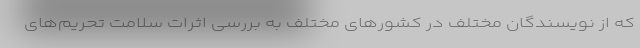
که از نویسندگان مختلف در کشورهای مختلف به بررسی اثرات سلامت تحریم‌های